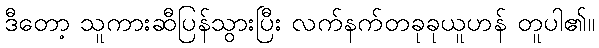
ဒီတော့ သူကားဆီပြန်သွားပြီး လက်နက်တခုခုယူဟန် တူပါ၏။